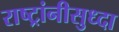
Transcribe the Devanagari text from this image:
राष्ट्रांनीसुध्दा